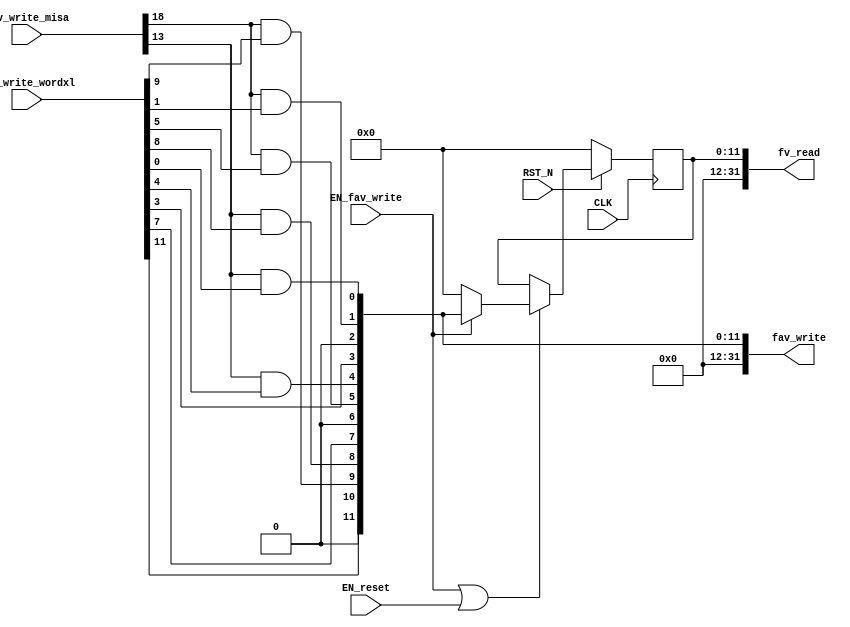
// This program was cloned from: https://github.com/bluespec/Piccolo
// License: Apache License 2.0

//
// Generated by Bluespec Compiler, version 2018.10.beta1 (build e1df8052c, 2018-10-17)
//
//
//
//
// Ports:
// Name                         I/O  size props
// fv_read                        O    32
// fav_write                      O    32
// CLK                            I     1 clock
// RST_N                          I     1 reset
// fav_write_misa                 I    28
// fav_write_wordxl               I    32
// EN_reset                       I     1
// EN_fav_write                   I     1
//
// Combinational paths from inputs to outputs:
//   (fav_write_misa, fav_write_wordxl) -> fav_write
//
//

`ifdef BSV_ASSIGNMENT_DELAY
`else
  `define BSV_ASSIGNMENT_DELAY
`endif

`ifdef BSV_POSITIVE_RESET
  `define BSV_RESET_VALUE 1'b1
  `define BSV_RESET_EDGE posedge
`else
  `define BSV_RESET_VALUE 1'b0
  `define BSV_RESET_EDGE negedge
`endif

module mkCSR_MIE(CLK,
		 RST_N,

		 EN_reset,

		 fv_read,

		 fav_write_misa,
		 fav_write_wordxl,
		 EN_fav_write,
		 fav_write);
  input  CLK;
  input  RST_N;

  // action method reset
  input  EN_reset;

  // value method fv_read
  output [31 : 0] fv_read;

  // actionvalue method fav_write
  input  [27 : 0] fav_write_misa;
  input  [31 : 0] fav_write_wordxl;
  input  EN_fav_write;
  output [31 : 0] fav_write;

  // signals for module outputs
  wire [31 : 0] fav_write, fv_read;

  // register rg_mie
  reg [11 : 0] rg_mie;
  wire [11 : 0] rg_mie$D_IN;
  wire rg_mie$EN;

  // rule scheduling signals
  wire CAN_FIRE_fav_write,
       CAN_FIRE_reset,
       WILL_FIRE_fav_write,
       WILL_FIRE_reset;

  // remaining internal signals
  wire [11 : 0] mie__h88;
  wire seie__h119, ssie__h113, stie__h116, ueie__h118, usie__h112, utie__h115;

  // action method reset
  assign CAN_FIRE_reset = 1'd1 ;
  assign WILL_FIRE_reset = EN_reset ;

  // value method fv_read
  assign fv_read = { 20'd0, rg_mie } ;

  // actionvalue method fav_write
  assign fav_write = { 20'd0, mie__h88 } ;
  assign CAN_FIRE_fav_write = 1'd1 ;
  assign WILL_FIRE_fav_write = EN_fav_write ;

  // register rg_mie
  assign rg_mie$D_IN = EN_fav_write ? mie__h88 : 12'd0 ;
  assign rg_mie$EN = EN_fav_write || EN_reset ;

  // remaining internal signals
  assign mie__h88 =
	     { fav_write_wordxl[11],
	       1'b0,
	       seie__h119,
	       ueie__h118,
	       fav_write_wordxl[7],
	       1'b0,
	       stie__h116,
	       utie__h115,
	       fav_write_wordxl[3],
	       1'b0,
	       ssie__h113,
	       usie__h112 } ;
  assign seie__h119 = fav_write_misa[18] && fav_write_wordxl[9] ;
  assign ssie__h113 = fav_write_misa[18] && fav_write_wordxl[1] ;
  assign stie__h116 = fav_write_misa[18] && fav_write_wordxl[5] ;
  assign ueie__h118 = fav_write_misa[13] && fav_write_wordxl[8] ;
  assign usie__h112 = fav_write_misa[13] && fav_write_wordxl[0] ;
  assign utie__h115 = fav_write_misa[13] && fav_write_wordxl[4] ;

  // handling of inlined registers

  always@(posedge CLK)
  begin
    if (RST_N == `BSV_RESET_VALUE)
      begin
        rg_mie <= `BSV_ASSIGNMENT_DELAY 12'd0;
      end
    else
      begin
        if (rg_mie$EN) rg_mie <= `BSV_ASSIGNMENT_DELAY rg_mie$D_IN;
      end
  end

  // synopsys translate_off
  `ifdef BSV_NO_INITIAL_BLOCKS
  `else // not BSV_NO_INITIAL_BLOCKS
  initial
  begin
    rg_mie = 12'hAAA;
  end
  `endif // BSV_NO_INITIAL_BLOCKS
  // synopsys translate_on
endmodule  // mkCSR_MIE